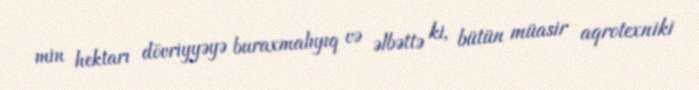
min hektarı dövriyyəyə buraxmalıyıq və əlbəttə ki, bütün müasir aqrotexniki